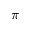
\pi